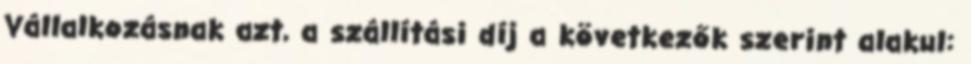
Vállalkozásnak azt, a szállítási díj a következők szerint alakul: